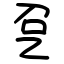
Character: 㐒